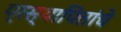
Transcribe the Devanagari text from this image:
प्रस्थापितांचे